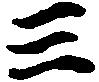
三